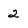
Character: 2